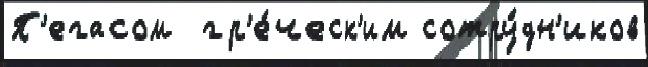
П'егасом  гр'е́ческ'им сотру́дн'иков